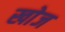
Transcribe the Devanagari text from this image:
खाेज